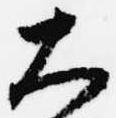
大